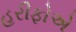
હરીફોએ